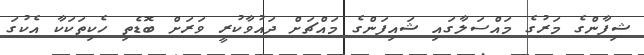
ޝިފާންގެ މަރުގެ މައްސަލާގައި ޝައިފަންގެ މައްޗަށް ދައުވާކުރީ ވަރަށް ބޮޑެތި ހެކިތަކަކާ އެކުގަ